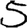
Digit: 5